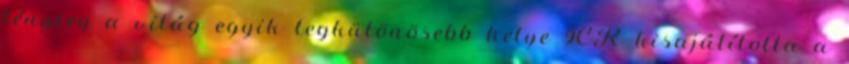
tényleg a világ egyik legkülönösebb helye 9CR kisajátította a